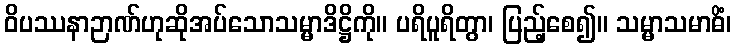
ဝိပဿနာဉာဏ်ဟုဆိုအပ်သောသမ္မာဒိဋ္ဌိကို။ ပရိပူရိတွာ၊ ပြည့်စေ၍။ သမ္မာသမာဓိံ၊